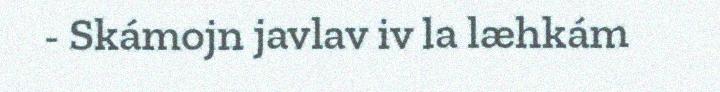
- Skámojn javlav iv la læhkám